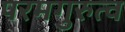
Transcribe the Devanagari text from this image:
परमगुरुत्व